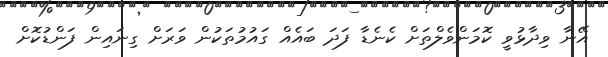
އޭނާ ވިދާޅުވީ ކޮމަންވެލްތަށް ކެނެޑާ ފަދަ ބައެއް ގައުމުތަކުން ވަރަށް ގިނައިން ފަންޑުކޮށް